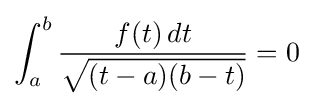
\int _{a}^{b}{\frac {f(t)\,dt}{\sqrt {(t-a)(b-t)}}}=0